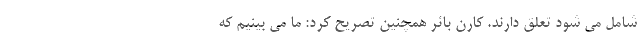
شامل می شود تعلق دارند. کارن بائر همچنین تصریح کرد: ما می بینیم که